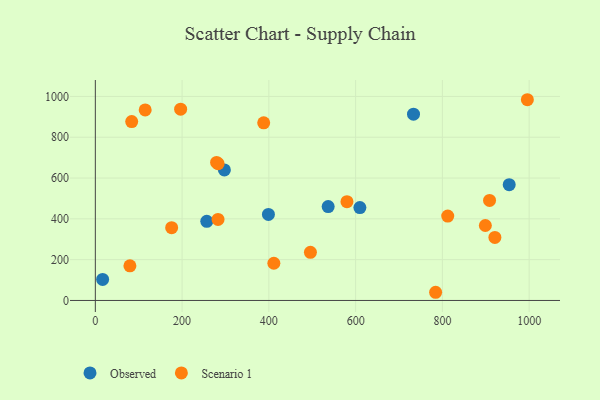
{"axis": {"x": "Study Hours", "y": "Salary"}, "legend": ["Observed", "Scenario 1"], "data": [{"x": "609.8", "y": 455.5, "type": "Observed"}, {"x": "256.9", "y": 387.9, "type": "Observed"}, {"x": "16.8", "y": 102.9, "type": "Observed"}, {"x": "954.0", "y": 567.3, "type": "Observed"}, {"x": "297.5", "y": 639.8, "type": "Observed"}, {"x": "536.7", "y": 460.2, "type": "Observed"}, {"x": "399.0", "y": 421.6, "type": "Observed"}, {"x": "733.4", "y": 913.3, "type": "Observed"}, {"x": "114.9", "y": 933.7, "type": "Scenario 1"}, {"x": "388.1", "y": 870.6, "type": "Scenario 1"}, {"x": "282.8", "y": 397.3, "type": "Scenario 1"}, {"x": "83.8", "y": 877.0, "type": "Scenario 1"}, {"x": "921.0", "y": 308.9, "type": "Scenario 1"}, {"x": "196.6", "y": 937.6, "type": "Scenario 1"}, {"x": "995.9", "y": 983.9, "type": "Scenario 1"}, {"x": "279.5", "y": 676.7, "type": "Scenario 1"}, {"x": "495.8", "y": 236.1, "type": "Scenario 1"}, {"x": "411.5", "y": 182.4, "type": "Scenario 1"}, {"x": "784.4", "y": 40.1, "type": "Scenario 1"}, {"x": "283.0", "y": 670.3, "type": "Scenario 1"}, {"x": "812.3", "y": 413.6, "type": "Scenario 1"}, {"x": "899.0", "y": 367.3, "type": "Scenario 1"}, {"x": "79.7", "y": 169.7, "type": "Scenario 1"}, {"x": "580.0", "y": 484.0, "type": "Scenario 1"}, {"x": "175.9", "y": 356.9, "type": "Scenario 1"}, {"x": "908.7", "y": 490.2, "type": "Scenario 1"}]}